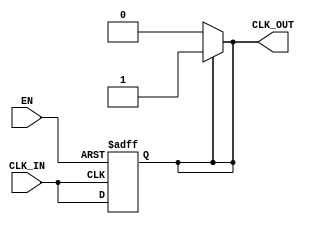
module clock_buffer (
    input wire CLK_IN,      // Input clock signal
    input wire EN,         // Enable signal
    output reg CLK_OUT      // Buffered output clock signal
);

    // Parameters for timing characteristics
    parameter t_pd = 2;    // Propagation delay (in time units)
    parameter t_r = 1;     // Rise time (in time units)
    parameter t_f = 1;     // Fall time (in time units)

    // Internal signal for clock edge detection
    reg CLK_IN_d;

    // Always block to detect clock edges and control output
    always @(posedge CLK_IN or negedge EN) begin
        if (!EN) begin
            // If enable is low, output is held low
            CLK_OUT <= 1'b0;
        end else begin
            // Propagate the clock signal with defined delays
            #t_pd; // Propagation delay
            CLK_OUT <= CLK_IN; // Buffer the clock signal
        end
    end

    // Generate rise and fall times
    always @(CLK_OUT) begin
        if (CLK_OUT) begin
            // If output is going high, apply rise time
            #t_r CLK_OUT <= 1'b1;
        end else begin
            // If output is going low, apply fall time
            #t_f CLK_OUT <= 1'b0;
        end
    end

endmodule